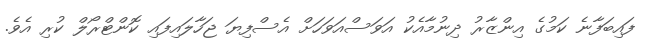
ފައިބަފާނެ ކަމުގެ އިންޒާރު ދިނުމާއެކު އަވަސްއަވަހަށް އެސްފިޔަ ޖަހާލައިފައި ކޮންޓްރޯލް ކުރި އެވެ.